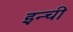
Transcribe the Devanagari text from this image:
इन्ची